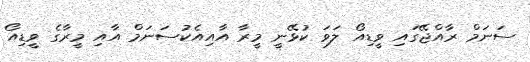
ސަނަމް ރާއްޖޭގައި ވީޑިއޯ ލަވަ ކުޅޭނީ މީރާ އާއިއެކުސަނަމް އާއި މީރާގެ ވީޑިއޯ